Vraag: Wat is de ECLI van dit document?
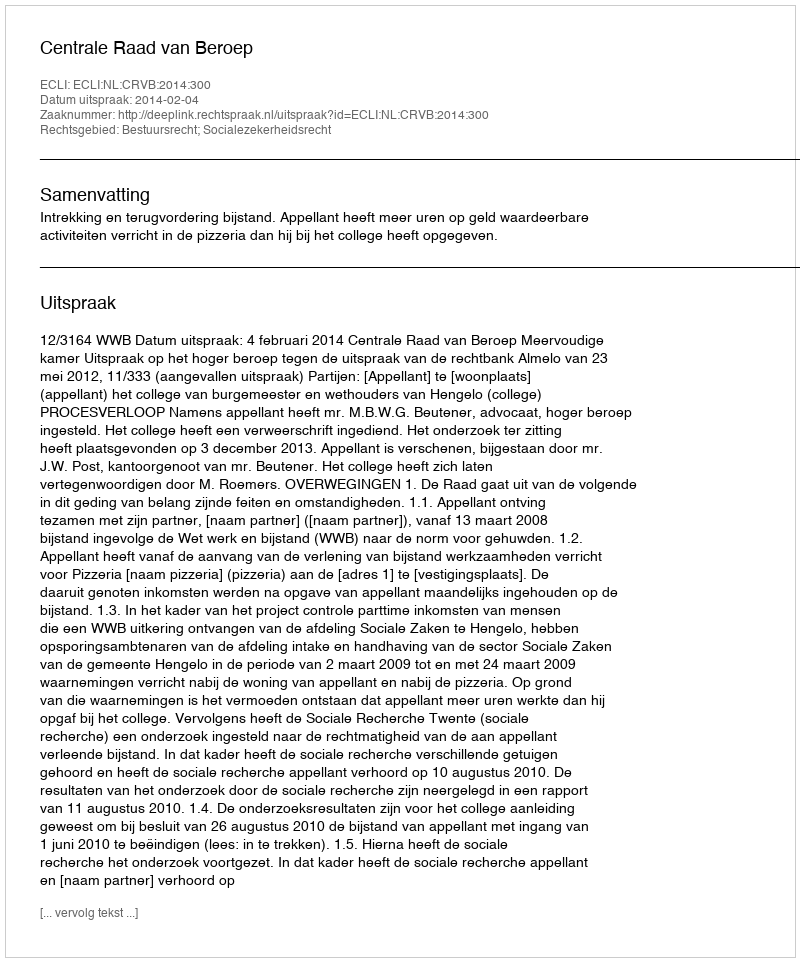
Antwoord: ECLI:NL:CRVB:2014:300